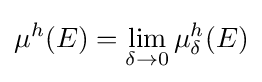
\mu ^{h}(E)=\lim _{\delta \to 0}\mu _{\delta }^{h}(E)